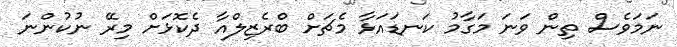
ނަމަވެސް ތިން ވަނަ މަގާމު ކަނޑައަޅާ މެޗަށް ބްރެޒިލްއާ ދެކޮޅަށް މިރޭ ނުކުންނަ